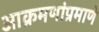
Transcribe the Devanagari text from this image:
आक्रमणांप्रमाणे